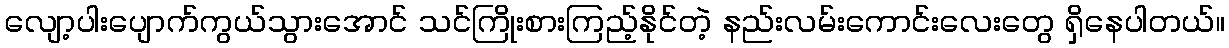
လျော့ပါးပျောက်ကွယ်သွားအောင် သင်ကြိုးစားကြည့်နိုင်တဲ့ နည်းလမ်းကောင်းလေးတွေ ရှိနေပါတယ်။